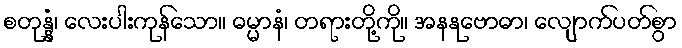
စတုန္နံ၊ လေးပါးကုန်သော။ ဓမ္မာနံ၊ တရားတို့ကို။ အနနုဗောဓာ၊ လျောက်ပတ်စွာ